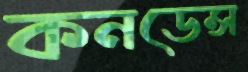
কনডেন্স